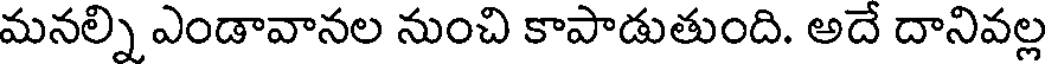
మనల్ని ఎండావానల నుంచి కాపాడుతుంది. అదే దానివల్ల